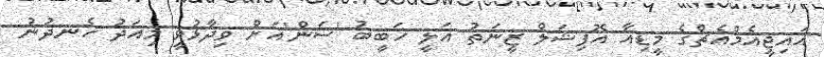
އައިޖީއެމްއެޗްގެ މީޑިއާ އޮފިޝަލް ޒީނަތު އަލީ ހަބީބު 'ސަން'އަށް ވިދާޅުވީ މިއަދު ހެނދުނު